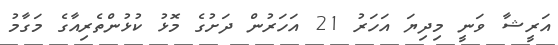
އަރީޝާ ވަނީ މިދިޔަ އަހަރު 21 އަހަރުން ދަށުގެ މޮޅު ކުޅުންތެރިއާގެ މަގާމު